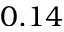
0 . 1 4